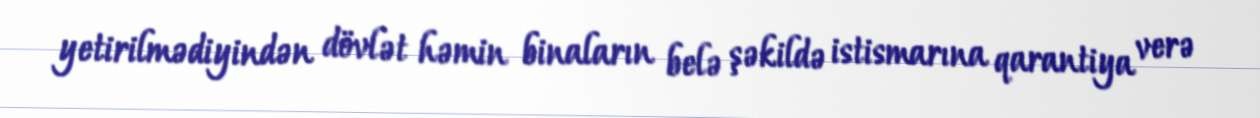
yetirilmədiyindən dövlət həmin binaların belə şəkildə istismarına qarantiya verə